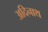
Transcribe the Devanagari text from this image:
अदिनाथ